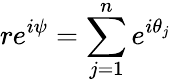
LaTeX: re^{i\psi}=\sum_{j=1}^{n}e^{i\theta_{j}}